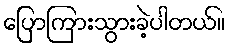
ပြောကြားသွားခဲ့ပါတယ်။